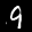
Label: 9